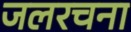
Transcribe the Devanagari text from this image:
जलरचना